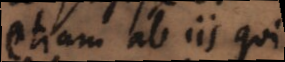
etiam ab iis qui